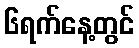
၆ရက်နေ့တွင်